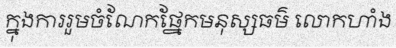
ក្នុងការរួមចំណែកផ្នែកមនុស្សធម៌ លោកហាំង